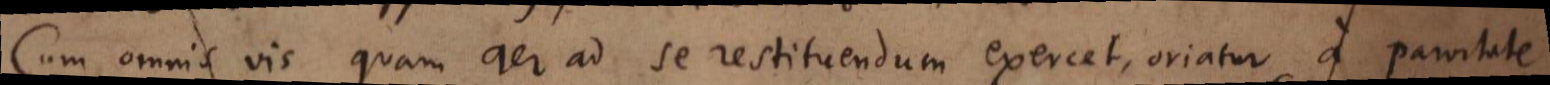
Cum omnis vis quam aer ad se restituendum exercet, oriatur a parvitate